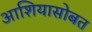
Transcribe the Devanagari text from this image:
आशियासोबत